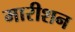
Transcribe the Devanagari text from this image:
मारीशन